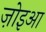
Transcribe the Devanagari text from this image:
ज़ोइआ